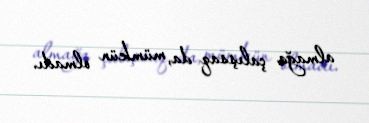
almağa çalışsaq da, mümkün olmadı.